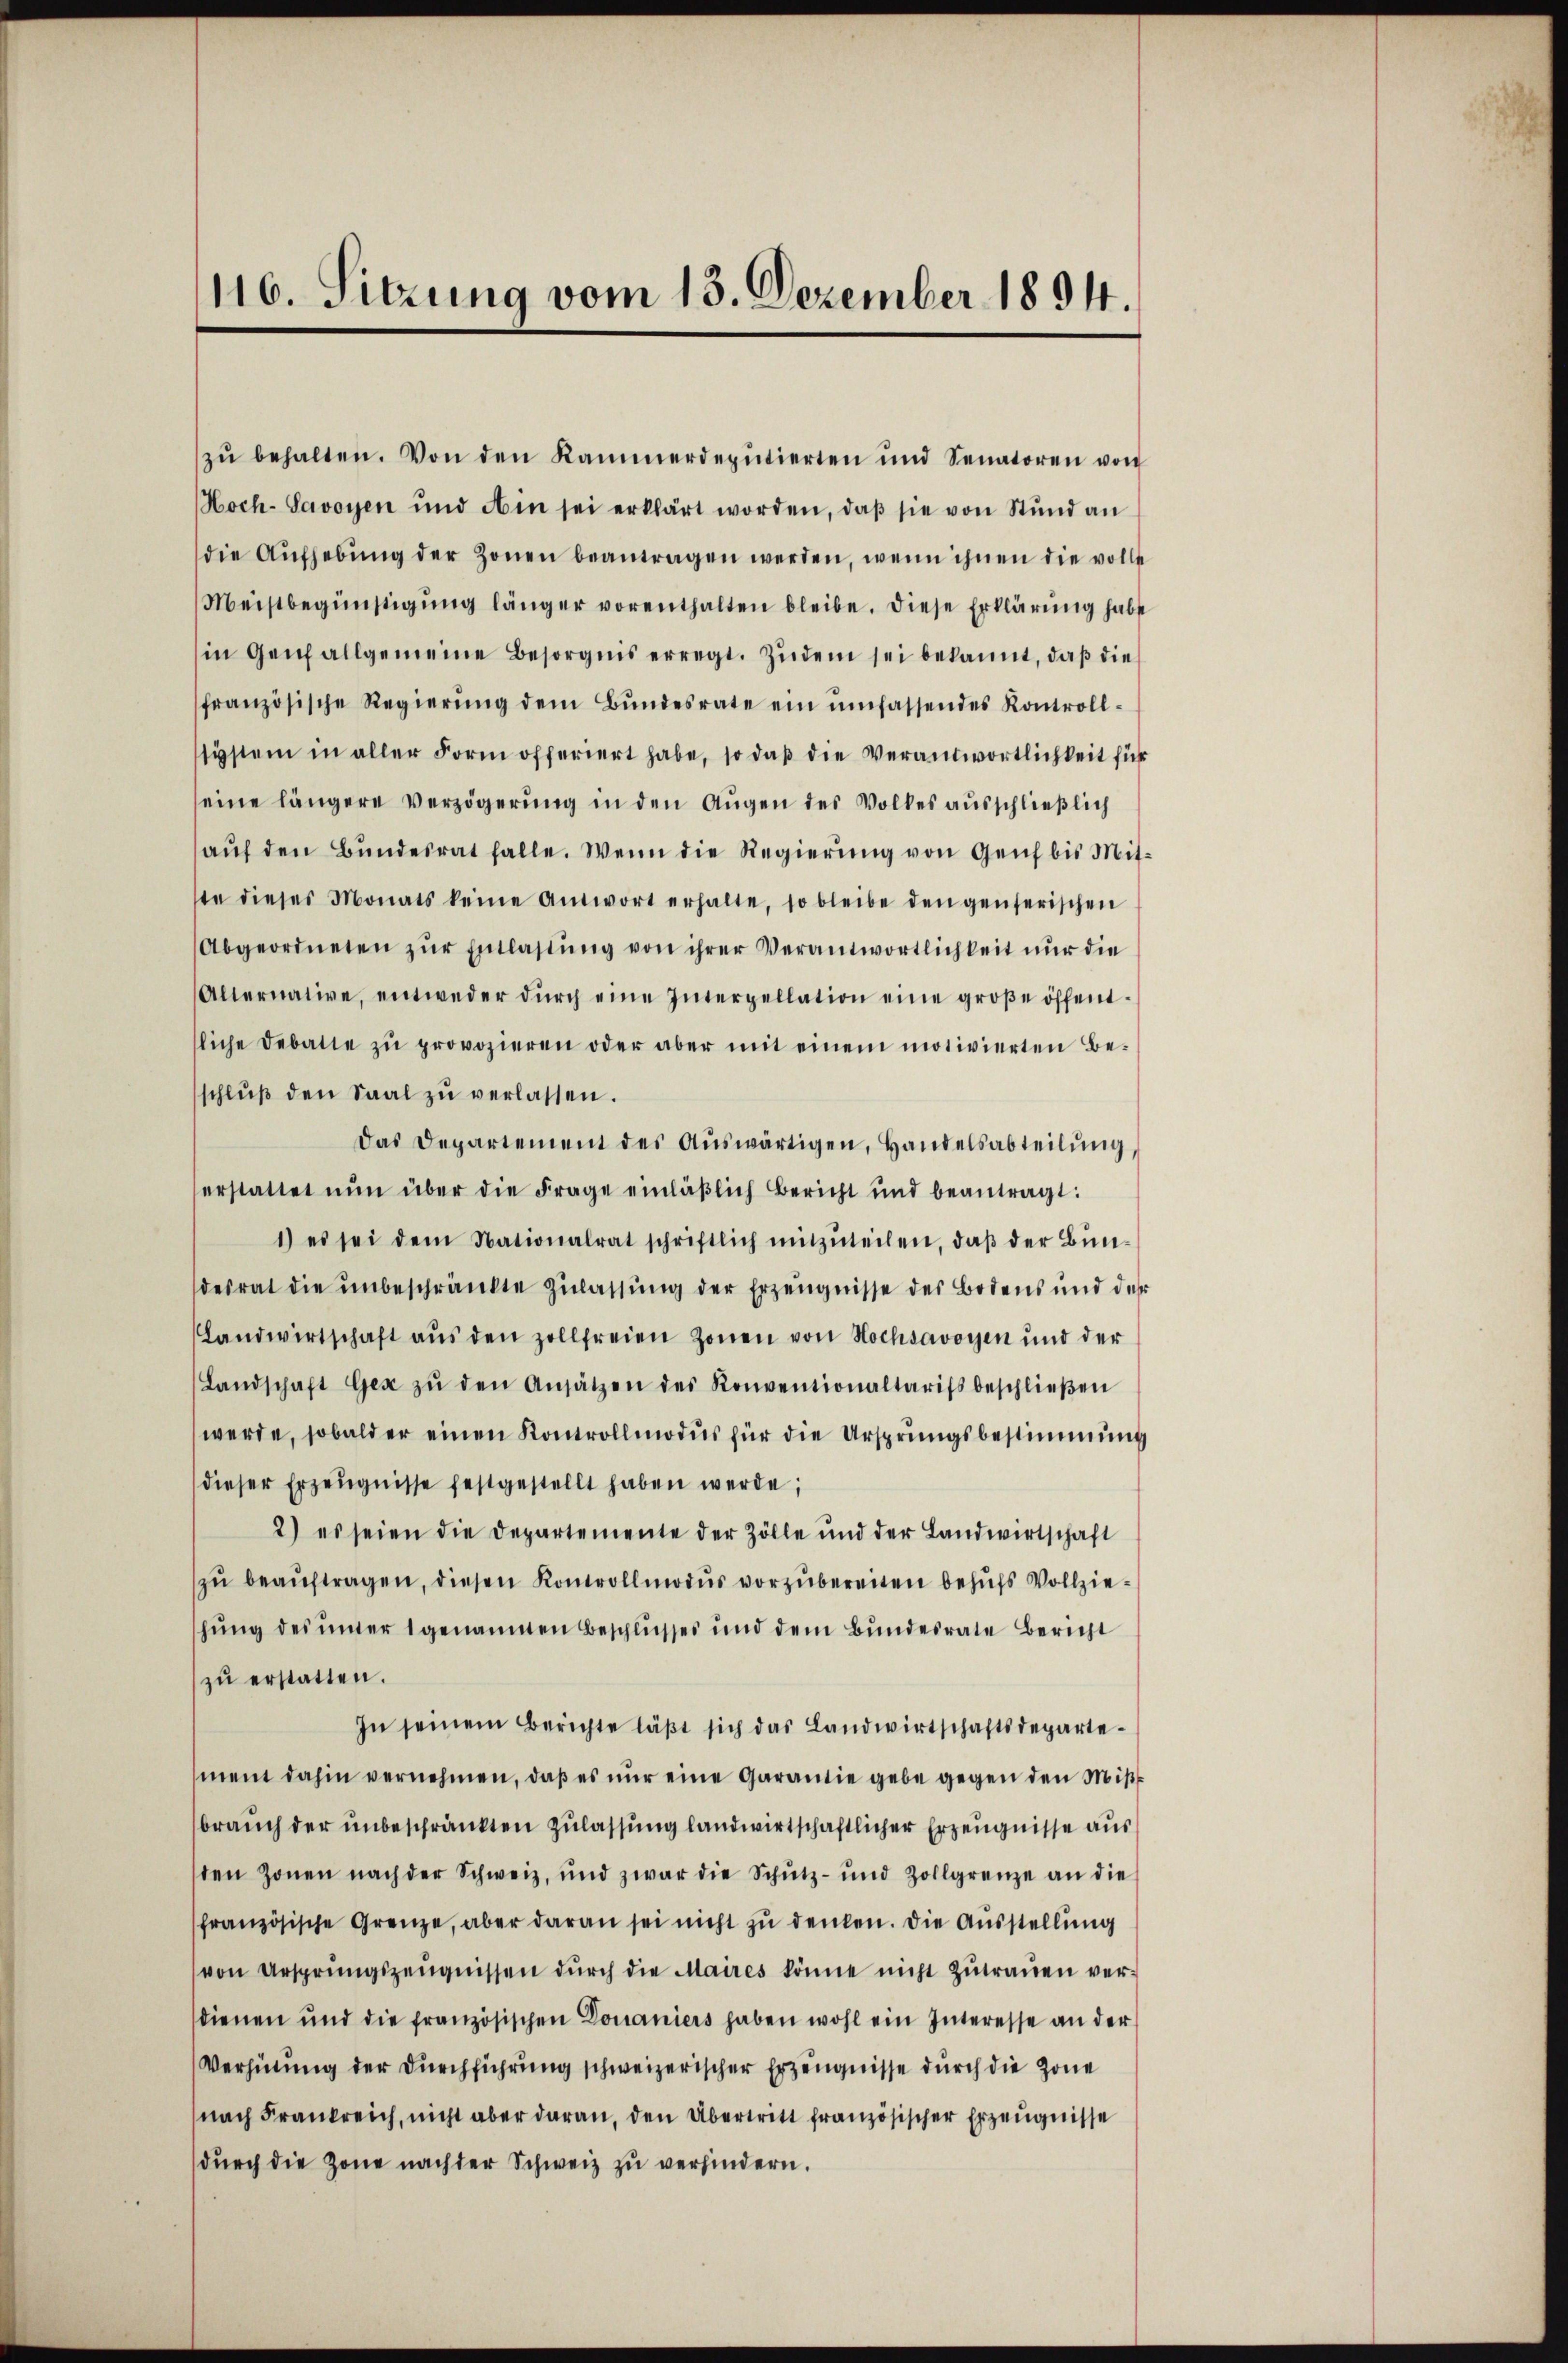
116. Sitzung vom 13. Dezember 1894.

zŭ behalten. Von den Kammerdeputierten und Senatoren von
Hoch-Savoyen und Ain sei erklärt worden, daβ sie von Stund an
die Aŭfhebŭng der Zonen beantragen werden, wenn ihnen die volle
Meistbegünstigŭng länger vorenthalten bleibe. Diese Erklärung habet
in Genf allgemeine Besorgnis erregt. Zŭdem sei bekannt, daβ die
französische Regierŭng dem Bŭndesrate ein umfassendes Kontroll-
system in aller Form offeriert habe, so daß die Verantwortlichkeit für
seine längere Verzögerung in den Augen des Volkes ausschließlich
aŭf den Bŭndesrat falle. Wenn die Regierŭng von Genf bis Mit-
ste dieses Monats keine Antwort erhalte, so bleibe den genserischen
Abgeordneten zŭr Entlastŭng von ihrer Verantwortlichkeit nur die
Alternative, entweder dŭrch eine Interpellation eine groβe öffent-
sliche Debatte zŭ provozieren oder aber mit einem motivierten Beschlŭβ den Saal zŭ verlassen.
Das Departement des Aŭswärtigen, Handelsabteilŭng,
erstattet nŭn über die Frage einläßlich Bericht und beantragt:
1) es sei dem Nationalrat schriftlich mitzŭteilen, daβ der Bun-
desrat die ŭnbeschränkte Zŭlassŭng der Erzeŭgnisse des Bodens und der
Landwirtschaft aŭs den zollfreien Zonen von Hochsavoyen und der
Landschaft Gez zŭ den Ansätzen des Konventionaltariss beschlieβen
werde, sobald er einen Kontrollmodus für die Ursprungsbestimmung
dieser Erzeŭgnisse festgestellt haben werde;
2) es seien die Departemente der Zölle und der Landwirtschaft
zŭ beaŭftragen, diesen Kontrollmodus vorzubereiten behufs Vollziehung des unter 1 genannten Beschlusses und dem Bundesrate Bericht
zŭ erstatten.
In seinem Berichte läβt sich das Landwirtschaftsdeparte-
ment dahin vernehmen, daβ es nŭr eine Garantie gebe gegen den Mißbrauch der unbeschränkten Zulassung landwirtschaftlicher Erzeugnisse aus
sten Zonen nach der Schweiz, und zwar die Schŭtz- und Zollgrenze an die
französische Grenze, aber daran sei nicht zu denken. Die Ausstellung
von Ursprungszeŭgnissen dŭrch die Maires könne nicht zŭtraŭen ver-
dienen und die französischen Donaniers haben wohl ein Interesse an der
Verhütung der Durchführung schweizerischer Erzeugnisse durch die Zone
nach Frankreich, nicht aber daran, den Übertritt französischer Erzeugnisse
dŭrch die Zone nach der Schweiz zu verhindern.